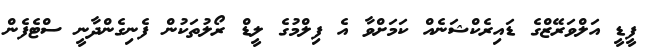
ފީޑީ އަލްވަރޭޒްގެ ޑައިރެކްޝަނެއް ކަމަށްވާ އެ ފިލްމުގެ ލީޑް ރޯލުތަކުން ފެނިގެންދާނީ ސްޓެފެން